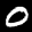
Label: 0